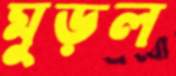
মুড়ল